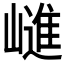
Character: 𭗝